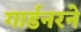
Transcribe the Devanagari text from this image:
गार्डनरने